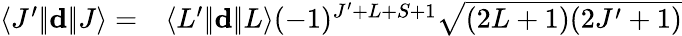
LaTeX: \begin{array}{rl}{\langle J^{\prime}|\! |\mathbf{d}|\! |J\rangle=}&{{}\langle L^{\prime}|\! |\mathbf{d}|\! |L\rangle(-1)^{J^{\prime}+L+S+1}\sqrt{(2L+1)(2J^{\prime}+1)}}\end{array}